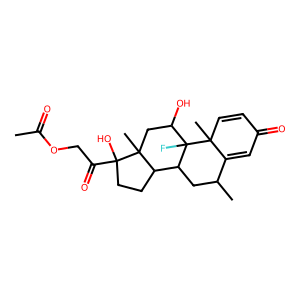
SMILES: CC(=O)OCC(=O)C1(O)CCC2C3CC(C)C4=CC(=O)C=CC4(C)C3(F)C(O)CC21C
Inhibits HIV replication: No